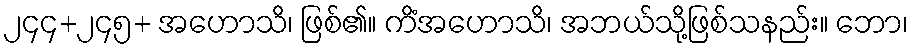
၂၄၄+၂၄၅+ အဟောသိ၊ ဖြစ်၏။ ကိံအဟောသိ၊ အဘယ်သို့ဖြစ်သနည်း။ ဘော၊